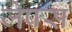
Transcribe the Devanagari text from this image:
जेफ्स